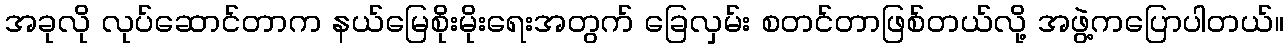
အခုလို လုပ်ဆောင်တာက နယ်မြေစိုးမိုးရေးအတွက် ခြေလှမ်း စတင်တာဖြစ်တယ်လို့ အဖွဲ့ကပြောပါတယ်။